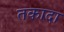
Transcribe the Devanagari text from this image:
तकादा